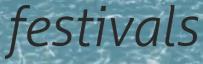
festivals